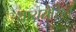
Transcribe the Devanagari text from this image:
थायरोसिन